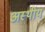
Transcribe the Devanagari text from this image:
अस्थीय